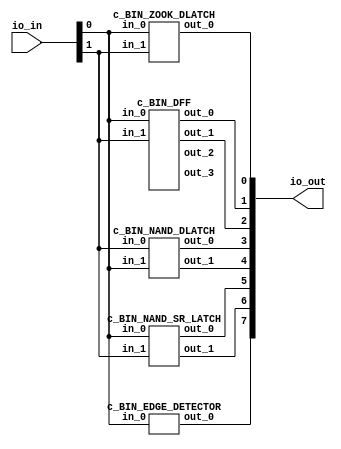
module c_tt2_mrcs_test (
  input [7:0] io_in,
  output [7:0] io_out  
);

wire net_0 = io_in[0];
wire net_1 = net_0;
wire net_2 = net_0;
wire net_3 = net_0;
wire net_4 = net_0;
wire net_5 = io_in[1];
wire net_6 = net_5;
wire net_7 = net_5;
wire net_8 = net_5;

wire net_9;
wire net_10;
wire net_11;
wire net_12;
wire net_13;
wire net_14;
wire net_15;
wire net_16;
wire net_17;
wire net_18;

assign io_out[0] = net_9;
assign io_out[1] = net_10;
assign io_out[2] = net_11;
assign io_out[3] = net_12;
assign io_out[4] = net_13;
assign io_out[5] = net_14;
assign io_out[6] = net_15;
assign io_out[7] = net_16;

c_BIN_DFF SavedGate_0 (
.in_0(net_1),
.in_1(net_6),
.out_0(net_10),
.out_1(net_11),
.out_2(net_17),
.out_3(net_18)
);

c_BIN_ZOOK_DLATCH SavedGate_1 (
.in_0(net_0),
.in_1(net_5),
.out_0(net_9)
);

c_BIN_NAND_DLATCH SavedGate_2 (
.in_1(net_2),
.in_0(net_7),
.out_0(net_12),
.out_1(net_13)
);

c_BIN_EDGE_DETECTOR SavedGate_3 (
.in_0(net_4),
.out_0(net_16)
);

c_BIN_NAND_SR_LATCH SavedGate_4 (
.in_0(net_3),
.in_1(net_8),
.out_0(net_14),
.out_1(net_15)
);

endmodule

module c_BIN_DFF (
     input [0:0] in_0,
     input [0:0] in_1,
     output [0:0] out_0,
     output [0:0] out_1,
     output [0:0] out_2,
     output [0:0] out_3
);

wire net_0 = in_0;
wire net_1 = net_0;
wire net_2 = in_1;

wire net_3;
wire net_4;
wire net_5;
wire net_6 = net_4;
wire net_7;
wire net_8;

assign out_0 = net_5;
assign out_1 = net_6;
assign out_2 = net_7;
assign out_3 = net_8;

f_2 LogicGate_0 (
.in_0(net_0),
.out_0(net_3)
);

c_BIN_NAND_DLATCH SavedGate_0 (
.in_0(net_2),
.in_1(net_3),
.out_0(net_4),
.out_1(net_8)
);

c_BIN_NAND_DLATCH SavedGate_1 (
.in_1(net_1),
.in_0(net_4),
.out_0(net_5),
.out_1(net_7)
);

endmodule

module c_BIN_EDGE_DETECTOR (
     input [0:0] in_0,
     output [0:0] out_0
);

wire net_0 = in_0;
wire net_1 = net_0;

wire net_2;
wire net_3;
wire net_4;
wire net_5;

assign out_0 = net_5;

f_K00 LogicGate_0 (
.in_1(net_0),
.in_0(net_4),
.out_0(net_5)
);

f_2 LogicGate_1 (
.in_0(net_1),
.out_0(net_2)
);

f_2 LogicGate_2 (
.in_0(net_2),
.out_0(net_3)
);

f_2 LogicGate_3 (
.in_0(net_3),
.out_0(net_4)
);

endmodule

module c_BIN_NAND_DLATCH (
     input [0:0] in_0,
     input [0:0] in_1,
     output [0:0] out_0,
     output [0:0] out_1
);

wire net_0 = in_0;
wire net_1 = net_0;
wire net_2 = in_1;
wire net_3 = net_2;

wire net_4;
wire net_5;
wire net_6;
wire net_7;
wire net_8;

assign out_0 = net_7;
assign out_1 = net_8;

f_22Z LogicGate_0 (
.in_1(net_0),
.in_0(net_2),
.out_0(net_4)
);

f_22Z LogicGate_1 (
.in_1(net_3),
.in_0(net_6),
.out_0(net_5)
);

f_2 LogicGate_2 (
.in_0(net_1),
.out_0(net_6)
);

c_BIN_NAND_SR_LATCH SavedGate_0 (
.in_0(net_4),
.in_1(net_5),
.out_0(net_7),
.out_1(net_8)
);

endmodule

module c_BIN_NAND_SR_LATCH (
     input [0:0] in_0,
     input [0:0] in_1,
     output [0:0] out_0,
     output [0:0] out_1
);

wire net_0 = in_0;
wire net_1 = in_1;

wire net_2;
wire net_3;
wire net_4 = net_2;
wire net_5 = net_3;

assign out_0 = net_4;
assign out_1 = net_5;

f_22Z LogicGate_0 (
.in_1(net_0),
.in_0(net_3),
.out_0(net_2)
);

f_22Z LogicGate_1 (
.in_1(net_2),
.in_0(net_1),
.out_0(net_3)
);

endmodule

module c_BIN_ZOOK_DLATCH (
     input [0:0] in_0,
     input [0:0] in_1,
     output [0:0] out_0
);

wire net_0 = in_0;
wire net_1 = in_1;

wire net_2;
wire net_3 = net_2;

assign out_0 = net_3;

f_Z00K00KKK LogicGate_0 (
.in_2(net_0),
.in_0(net_2),
.in_1(net_1),
.out_0(net_2)
);

endmodule

module f_2 (
     input wire in_0,
     output wire out_0
     );

     assign out_0 = (in_0 == 0);
endmodule

module f_22Z (
     input wire in_0,
     input wire in_1,
     output wire out_0
     );

     assign out_0 = (in_0 == 0 & in_1 == 0) | (in_0 == 0 & in_1 == 1) | (in_0 == 1 & in_1 == 0);
endmodule

module f_K00 (
     input wire in_0,
     input wire in_1,
     output wire out_0
     );

     assign out_0 = (in_0 == 1 & in_1 == 1);
endmodule

module f_Z00K00KKK (
     input wire in_0,
     input wire in_1,
     input wire in_2,
     output wire out_0
     );

     assign out_0 = (in_0 == 0 & in_1 == 1 & in_2 == 0) | (in_0 == 1 & in_1 == 1 & in_2 == 0) | (in_0 == 1 & in_1 == 0 & in_2 == 1) | (in_0 == 1 & in_1 == 1 & in_2 == 1);
endmodule